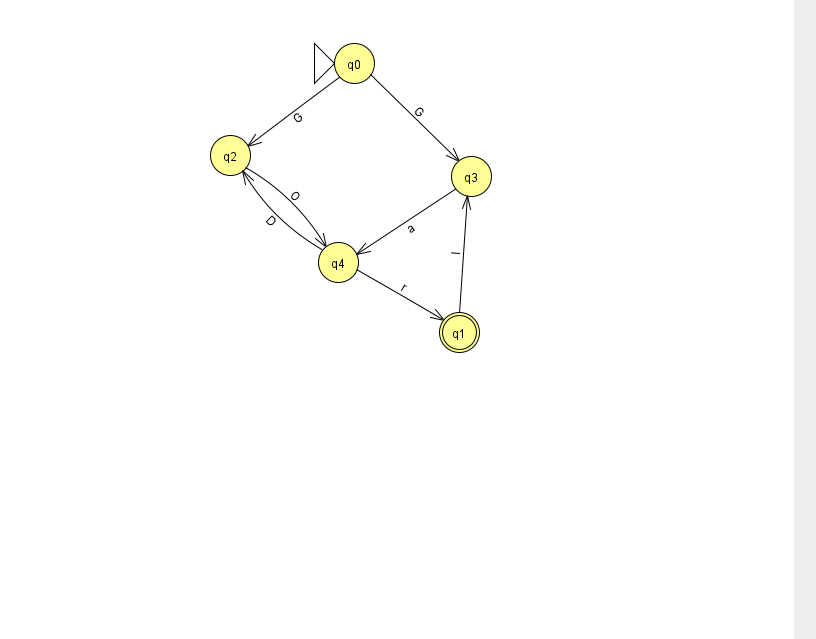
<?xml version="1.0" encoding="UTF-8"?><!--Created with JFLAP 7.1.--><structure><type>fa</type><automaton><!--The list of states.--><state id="0" name="q0"><x>354.0</x><y>50.0</y><initial/></state><state id="1" name="q1"><x>459.0</x><y>319.0</y><final/></state><state id="2" name="q2"><x>230.0</x><y>142.0</y></state><state id="3" name="q3"><x>471.0</x><y>163.0</y></state><state id="4" name="q4"><x>338.0</x><y>249.0</y></state><!--The list of transitions.--><transition><from>0</from><to>3</to><read>G</read></transition><transition><from>4</from><to>2</to><read>D</read></transition><transition><from>0</from><to>2</to><read>G</read></transition><transition><from>4</from><to>1</to><read>r</read></transition><transition><from>1</from><to>3</to><read>l</read></transition><transition><from>2</from><to>4</to><read>O</read></transition><transition><from>3</from><to>4</to><read>a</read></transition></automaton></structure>